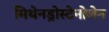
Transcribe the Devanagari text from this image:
मिथेनड्रोस्टेनोलेन